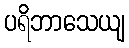
ပရိဘာသေယျ